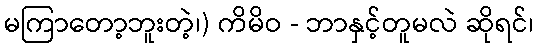
မကြာတော့ဘူးတဲ့၊) ကိမိဝ - ဘာနှင့်တူမလဲ ဆိုရင်၊